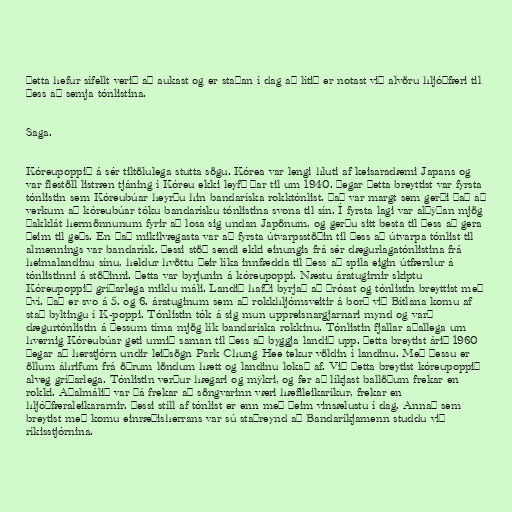
Þetta hefur sífellt verið að aukast og er staðan í dag að lítið er notast við alvöru hljóðfæri til
þess að semja tónlistina.

Saga.

Kóreupoppið á sér tiltölulega stutta sögu. Kórea var lengi hluti af keisaradæmi Japans og
var flestöll listræn tjáning í Kóreu ekki leyfð þar til um 1940. Þegar þetta breyttist var fyrsta
tónlistin sem Kóreubúar heyrðu hin bandaríska rokktónlist. Það var margt sem gerði það að
verkum að kóreubúar tóku bandarísku tónlistina svona til sín. Í fyrsta lagi var alþýðan mjög
þakklát hermönnunum fyrir að losa sig undan Japönum, og gerðu sitt besta til þess að gera
þeim til geðs. En það mikilvægasta var að fyrsta útvarpsstöðin til þess að útvarpa tónlist til
almennings var bandarísk. Þessi stöð sendi ekki einungis frá sér dægurlagatónlistina frá
heimalandinu sínu, heldur hvöttu þeir líka innfædda til þess að spila eigin útfærslur á
tónlistinni á stöðinni. Þetta var byrjunin á kóreupoppi. Næstu áratugirnir skiptu
Kóreupoppið gríðarlega miklu máli. Landið hafði byrjað að þróast og tónlistin breyttist með
því. Það er svo á 5. og 6. áratuginum sem að rokkhljómsveitir á borð við Bítlana komu af
stað byltingu í K-poppi. Tónlistin tók á sig mun uppreisnargjarnari mynd og varð
dægurtónlistin á þessum tíma mjög lík bandaríska rokkinu. Tónlistin fjallar aðallega um
hvernig Kóreubúar geti unnið saman til þess að byggja landið upp. Þetta breytist árið 1960
þegar að herstjórn undir leiðsögn Park Chung Hee tekur völdin í landinu. Með þessu er
öllum áhrifum frá öðrum löndum hætt og landinu lokað af. Við þetta breytist kóreupoppið
alveg gríðarlega. Tónlistin verður hægari og mýkri, og fer að líkjast ballöðum frekar en
rokki. Aðalmálið var þá frekar að söngvarinn væri hæfileikaríkur, frekar en
hljóðfæraleikararnir. Þessi stíll af tónlist er enn með þeim vinsælustu í dag. Annað sem
breytist með komu einræðisherrans var sú staðreynd að Bandaríkjamenn studdu við
ríkisstjórnina.